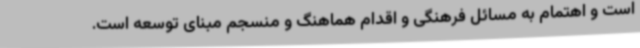
است و اهتمام به مسائل فرهنگی و اقدام هماهنگ و منسجم مبنای توسعه است.